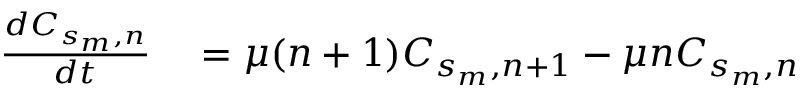
\begin{array} { r l } { \frac { d C _ { s _ { m } , n } } { d t } } & { { } = \mu ( n + 1 ) C _ { s _ { m } , n + 1 } - { \mu } n C _ { s _ { m } , n } } \end{array}